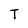
Character: T